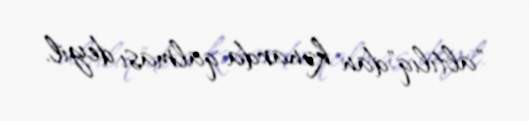
"altılıq"dan kənarda qalması deyil.